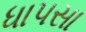
ધાપસા